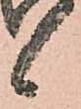
候